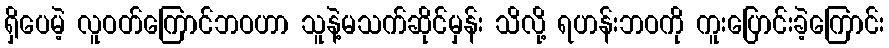
ရှိပေမဲ့ လူဝတ်ကြောင်ဘဝဟာ သူနဲ့မသက်ဆိုင်မှန်း သိလို့ ရဟန်းဘဝကို ကူးပြောင်းခဲ့ကြောင်း